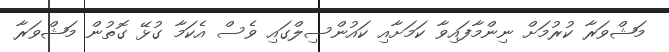
މަޝްވަރާ ކުރުމަށް ނިންމާފައިވާ ކަމަށާއި ކައުންސިލްގައި ވެސް އެކަމާ ގުޅޭ ގޮތުން މަޝްވަރާ